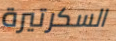
السكرتيرة